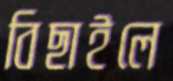
বিছাইলে